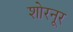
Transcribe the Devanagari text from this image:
शोरनूर